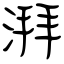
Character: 湃